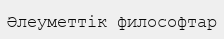
Әлеуметтік философтар